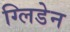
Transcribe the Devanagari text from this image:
ग्लिडेन